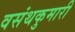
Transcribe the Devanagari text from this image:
वसंथकुमारी